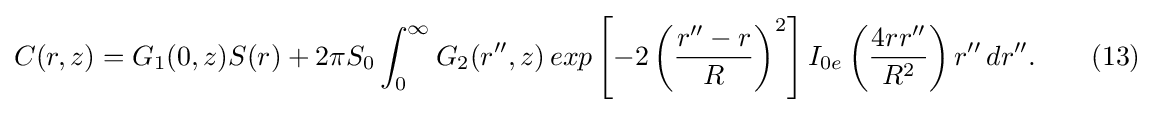
C(r,z)=G_{1}(0,z)S(r)+2\pi S_{0}\int _{0}^{\infty }G_{2}(r'',z)\,exp\left[-2\left({\frac {r''-r}{R}}\right)^{2}\right]I_{0e}\left({\frac {4rr''}{R^{2}}}\right)r''\,dr''.\qquad (13)